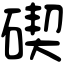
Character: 碶